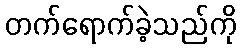
တက်ရောက်ခဲ့သည်ကို